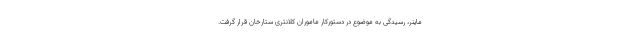
ماینر، رسیدگی به موضوع در دستورکار ماموران کلانتری ستارخان قرار گرفت.